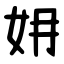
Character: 㚩